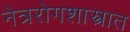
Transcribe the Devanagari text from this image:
नेत्ररोगशास्त्रात